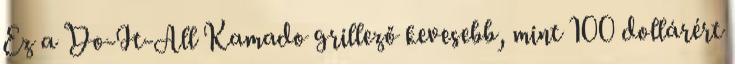
Ez a Do-It-All Kamado grillező kevesebb, mint 100 dollárért